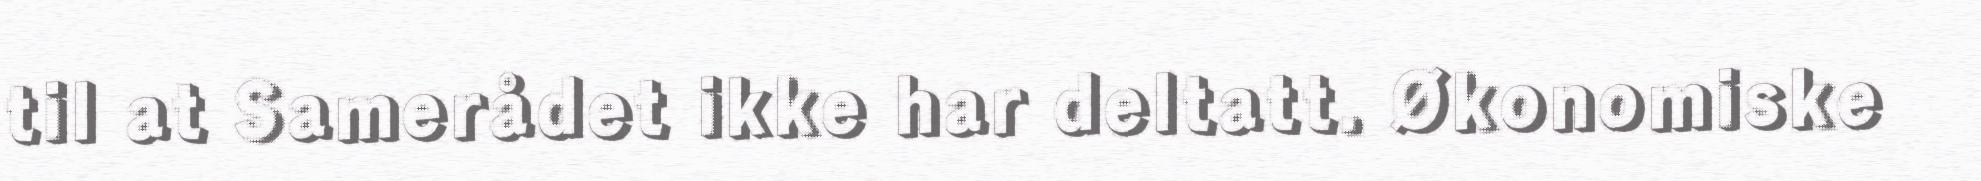
til at Samerådet ikke har deltatt. Økonomiske